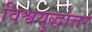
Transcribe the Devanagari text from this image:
विश्वयुद्धोत्तर